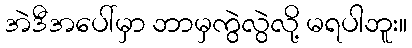
အဲဒီအပေါ်မှာ ဘာမှကွဲလွဲလို့ မရပါဘူး။